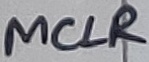
Text: MCLR